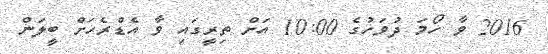
2016 ވާ ހޯމަ ދުވަހުގެ 10:00 އަށް ތިރީގައި ވާ އެޑްރެހަށް ބީލަން